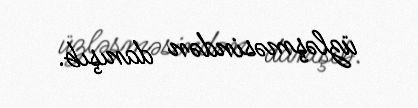
üzləşməsindən danışıb.